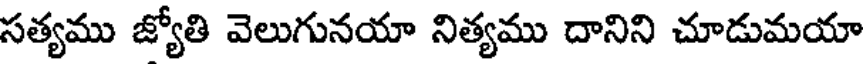
సత్యము జ్యోతి వెలుగునయా నిత్యము దానిని చూడుమయా